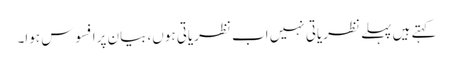
کہتے ہیں پہلے نظریاتی نہیں اب نظریاتی ہوں، بیان پرافسوس ہوا۔